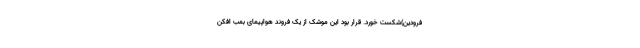
فرودین)شکست خورد. قرار بود این موشک از یک فروند هواپیمای بمب افکن